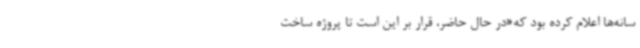
سانه‌ها اعلام کرده بود که«در حال حاضر، قرار بر این است تا پروژه ساخت